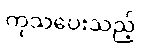
ကုသပေးသည့်